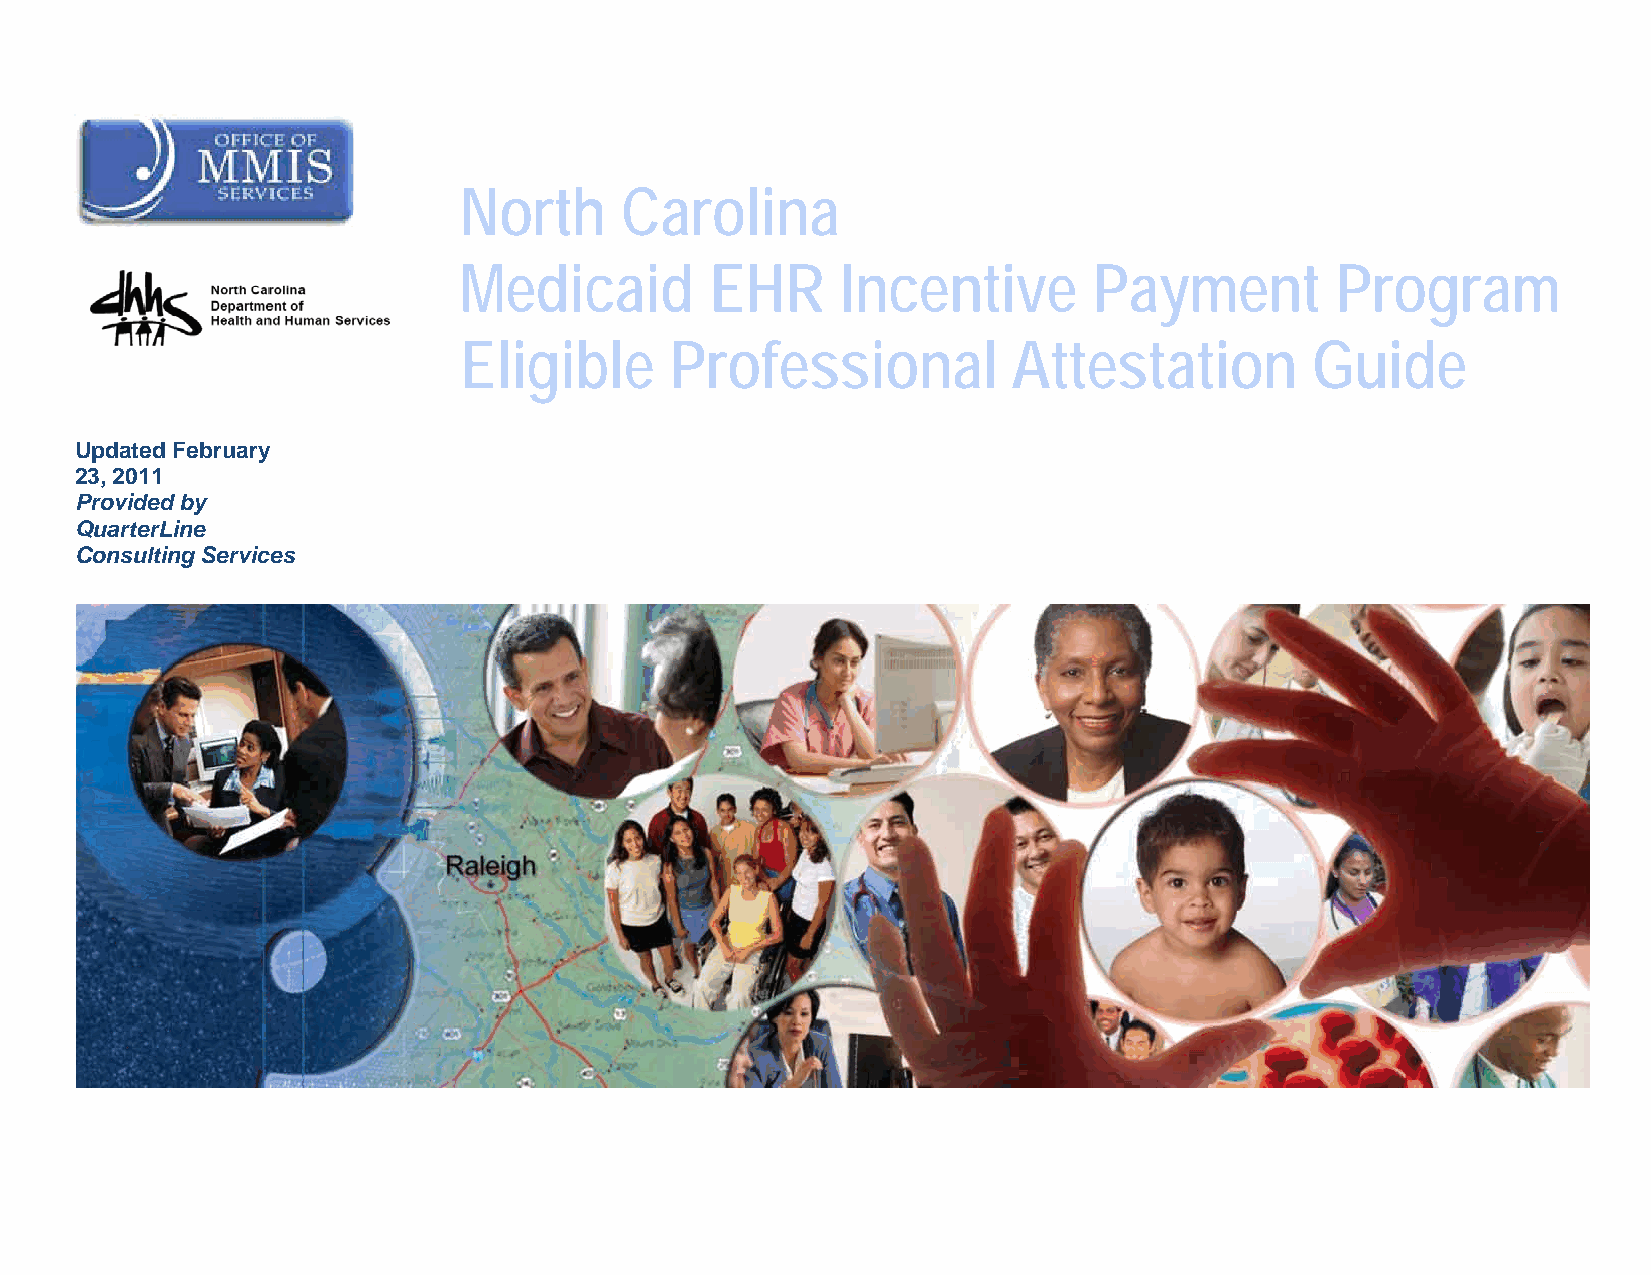
North      Carolina
 Medicaid         EHR      Incentive       Payment         Program
 Eligible      Professional           Attestation         Guide
 Updated February
 23, 2011
 Provided by
 QuarterLine
 Consulting Services